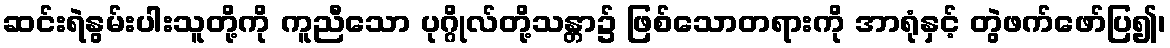
ဆင်းရဲနွမ်းပါးသူတို့ကို ကူညီသော ပုဂ္ဂိုလ်တို့သန္တာ၌ ဖြစ်သောတရားကို အာရုံနှင့် တွဲဖက်ဖော်ပြ၍၊